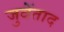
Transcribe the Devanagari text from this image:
जुवेंताद